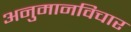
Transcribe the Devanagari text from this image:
अनुमानविचार